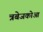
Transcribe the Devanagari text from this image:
त्रबेजकोआ